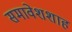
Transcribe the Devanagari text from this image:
समावेशशाह